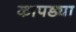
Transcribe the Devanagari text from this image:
कापड्या